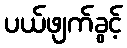
ပယ်ဖျက်ခွင့်